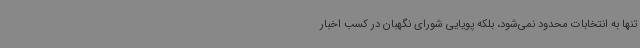
تنها به انتخابات محدود نمی‌شود، بلکه پویایی شورای نگهبان در کسب اخبار